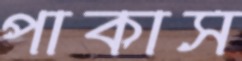
পাকাস